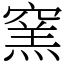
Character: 窯